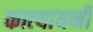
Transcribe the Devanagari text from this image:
कात्‍यायनी